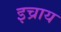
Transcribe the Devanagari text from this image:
इच्राय